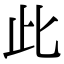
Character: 此